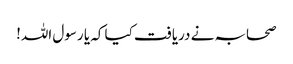
صحابہ نے دریافت کیا کہ یا رسول اللہ!